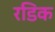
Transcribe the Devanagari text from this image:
रडिक